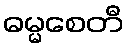
ဓမ္မစေတီ